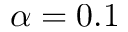
\alpha = 0 . 1